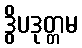
ဒွိပဒုတ္တမ